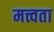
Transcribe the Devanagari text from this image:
मत्त्वता